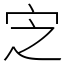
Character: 㝎